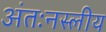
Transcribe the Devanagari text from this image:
अंतःनस्लीय